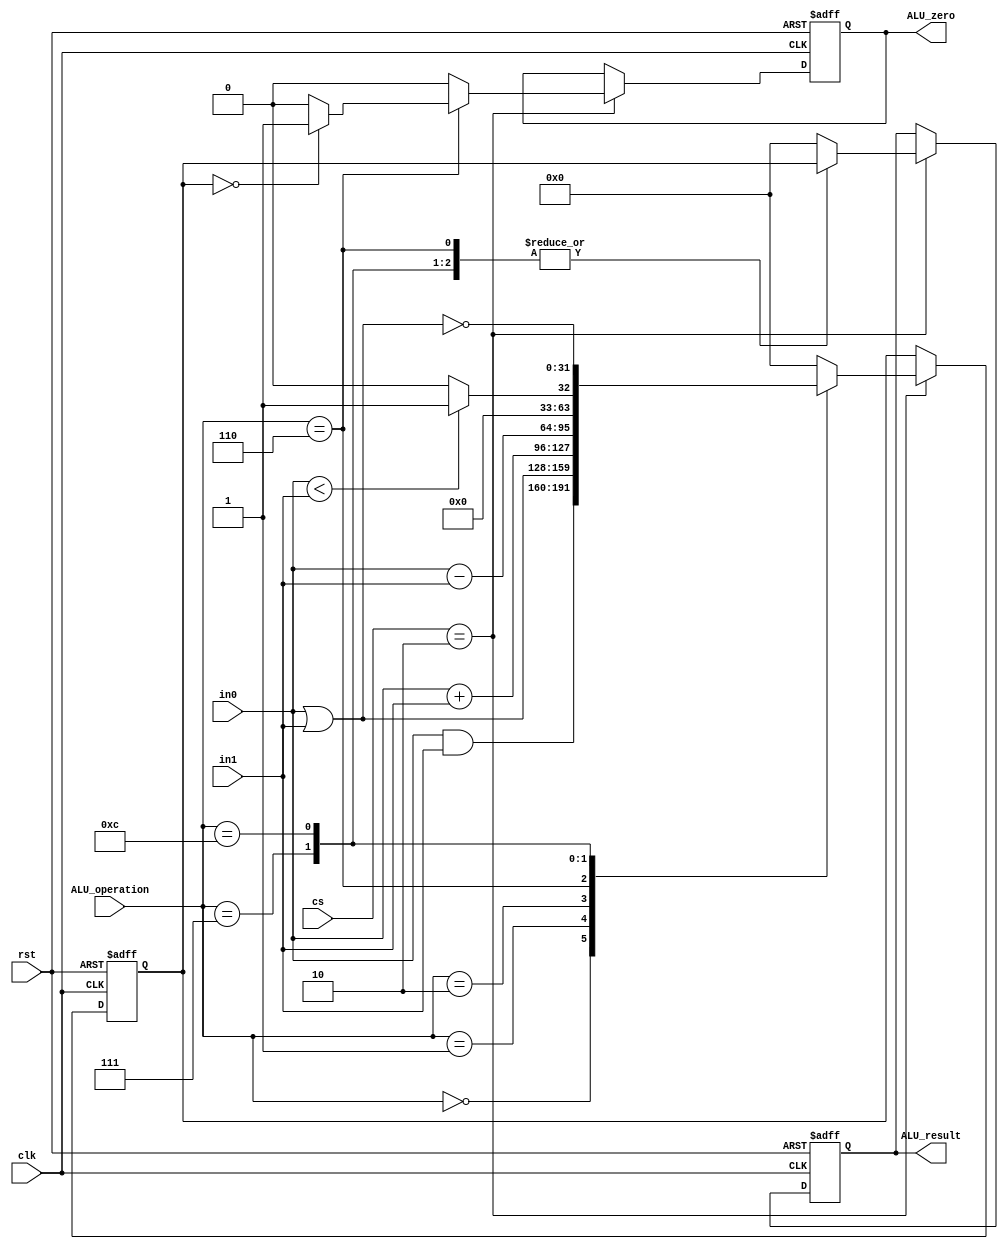
`timescale 1ns / 1ps
//////////////////////////////////////////////////////////////////////////////////
// Company: 
// Engineer: 
// 
// Design Name: 
// Module Name: ALU
// Project Name: 
// Target Devices: 
// Tool Versions: 
// Description: 
// 
// Dependencies: 
// 
// Revision:
// Revision 0.01 - File Created
// Additional Comments:
// 
//////////////////////////////////////////////////////////////////////////////////


module ALU(
    output reg [31:0] ALU_result,
    output reg ALU_zero,
    input [31:0] in0, in1,
    input [3:0] ALU_operation,
    input [3:0] cs,
    input clk, rst 
    );
    
    parameter EX  = 4'd2;
    
    parameter AND = 4'b0000;
    parameter OR = 4'b0001;
    parameter ADD = 4'b0010;
    parameter SUB = 4'b0110;
    parameter SET_ON_LESS_THAN = 4'b0111;
    parameter NOR = 4'b1100;
    parameter UNKNOWN = 4'b1111;
    
    reg [31:0] temp;

    always @(posedge clk or posedge rst) begin
        if(rst) begin
            temp <= 0;
        end
        else if(cs == EX)
            case(ALU_operation)
                AND: temp <= (in0 & in1);
                OR: temp <= (in0 | in1);
                ADD: temp <= (in0 + in1);
                SUB: temp <= (in0 - in1);
                SET_ON_LESS_THAN: temp <= (in0 < in1)? 1 : 0;
                NOR: temp <= ~(in0 | in1);
                default: temp <= 0;
            endcase
        else 
            temp <= temp;
    end
    
    always @(negedge clk or posedge rst) begin // do we need only this part? can we squiz?
        if(rst) begin 
            ALU_result <= 0;
            ALU_zero <= 0; // it means ALU_zero is not zero
        end
        else if(cs == EX) 
            case(ALU_operation)
                AND: begin 
                    ALU_result <= temp; 
                    ALU_zero <= 0; 
                    end
                OR: begin 
                    ALU_result <= temp; 
                    ALU_zero <= 0; 
                    end
                ADD: begin 
                    ALU_result <= temp; 
                    ALU_zero <= 0; 
                    end
                SUB: begin 
                    ALU_result <= temp; 
                    ALU_zero <= (temp == 32'd0)? 1:0; 
                    end
                SET_ON_LESS_THAN: begin 
                    ALU_result <= temp; 
                    ALU_zero <= 0; 
                    end
                NOR: begin 
                    ALU_result <= temp; 
                    ALU_zero <= 0; 
                    end
                default: begin
                    ALU_result <= 0;
                    ALU_zero <= 0;
                end
            endcase
        else begin
            ALU_result <= ALU_result;
            ALU_zero <= ALU_zero;
        end
    end
    
endmodule